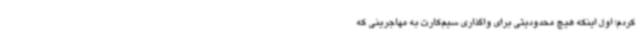
کردم؛ اول اینکه هیچ محدودیتی برای واگذاری سیم‌کارت به مهاجرینی که